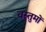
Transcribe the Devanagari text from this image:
वस्तुमों